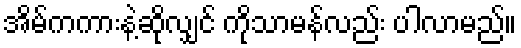
အိမ်ကကားနဲ့ဆိုလျှင် ကိုသာမန်လည်း ပါလာမည်။